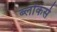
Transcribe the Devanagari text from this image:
ब्लोकर्स